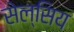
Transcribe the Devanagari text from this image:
सेल्सिय